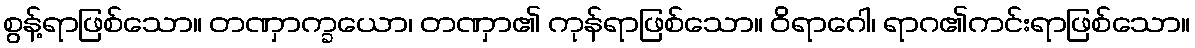
စွန့်ရာဖြစ်သော။ တဏှာက္ခယော၊ တဏှာ၏ ကုန်ရာဖြစ်သော။ ဝိရာဂေါ၊ ရာဂ၏ကင်းရာဖြစ်သော။